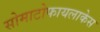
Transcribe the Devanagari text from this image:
सोमाटोफायलाकेस